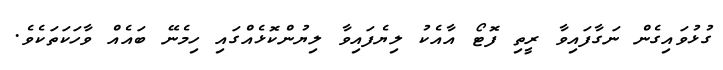
ގުޅުވައިގެން ނަގާފައިވާ ރީތި ފޮޓޯ އާއެކު ލިޔެފައިވާ ލިޔުންކޮޅެއްގައި ހިމެނޭ ބައެއް ވާހަކަތަކެވެ.